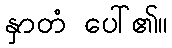
နှာတံ ပေါ်၏။